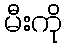
မီးကို